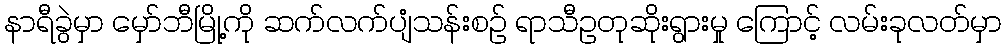
နာရီခွဲမှာ မှော်ဘီမြို့ကို ဆက်လက်ပျံသန်းစဉ် ရာသီဥတုဆိုးရွားမှု ကြောင့် လမ်းခုလတ်မှာ